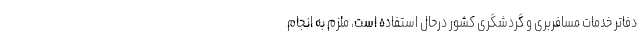
دفاتر خدمات مسافربری و گردشگری کشور درحال استفاده است، ملزم به انجام